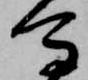
馬